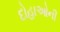
દોહાઓની